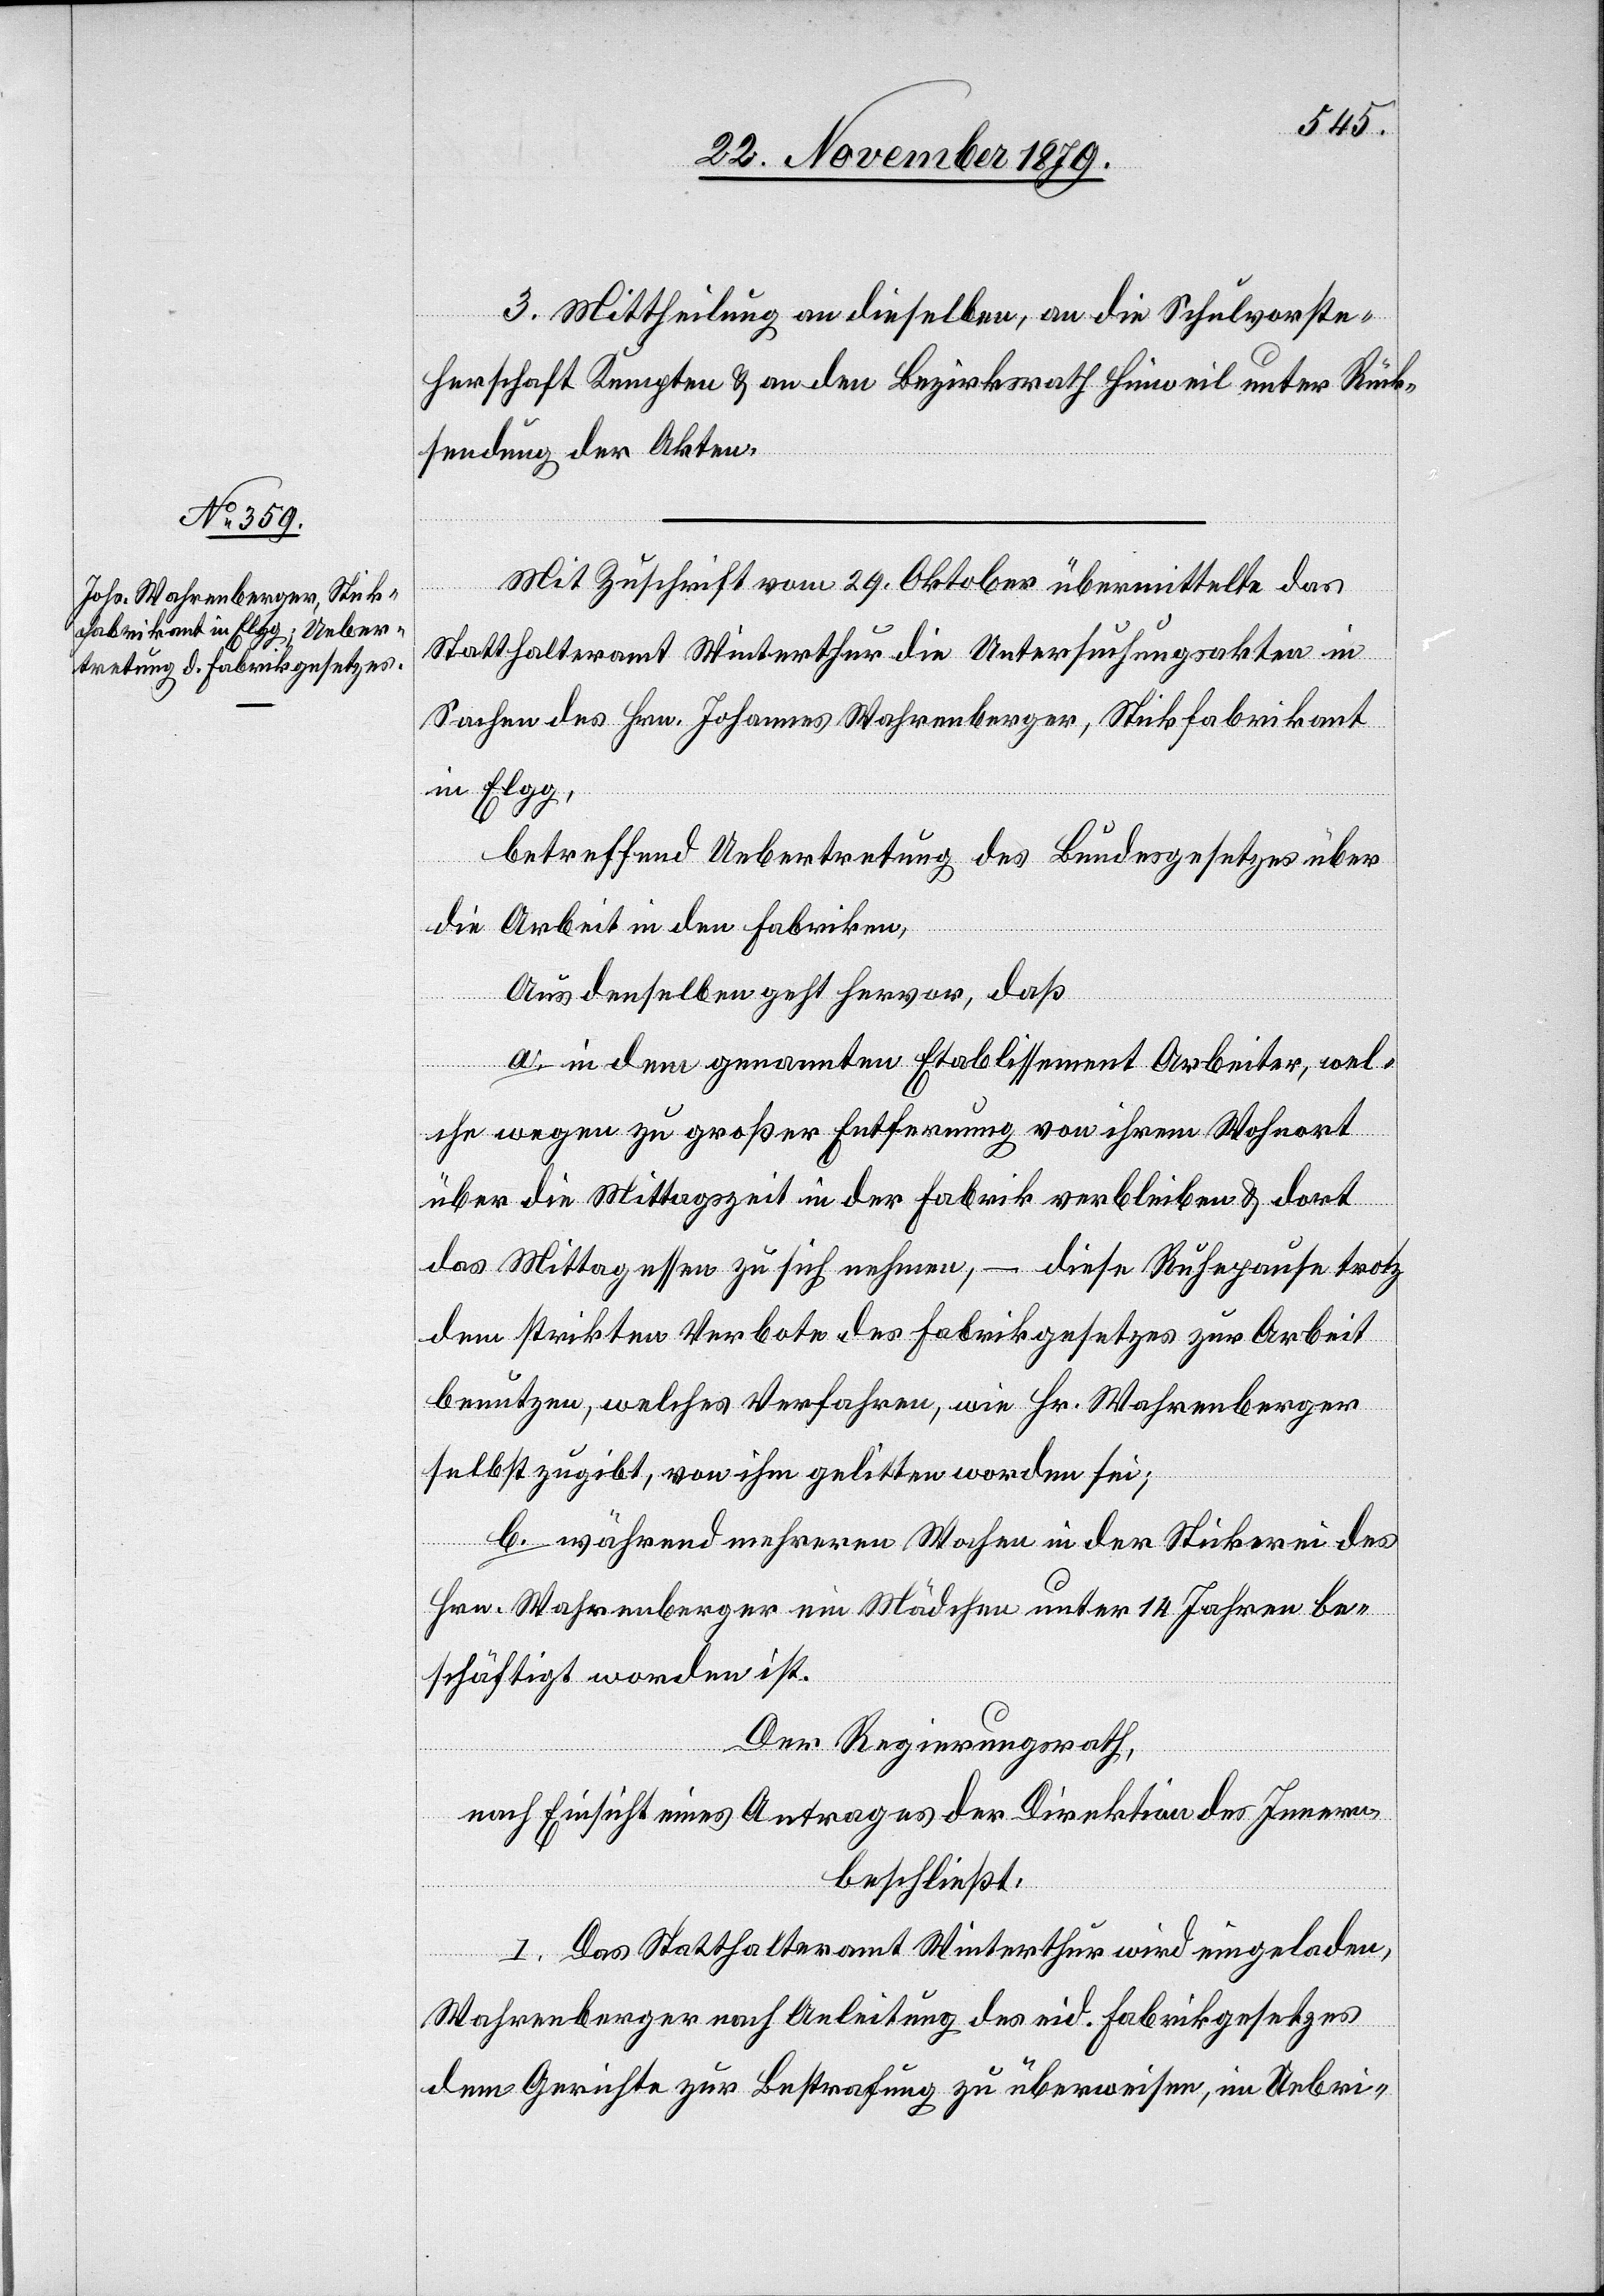
III. Mittheilung an dieselben, an die Schulvorste¬
herschaft Kempten & an den Bezirksrath Hinweil unter Rück¬
sendung der Akten.
Mit Zuschrift vom 29. Oktober übermittelte das
Statthalteramt Winterthur die Untersuchungsakten in
Sachen des Hrn. Johannes Wahrenberger, Stickfabrikant
in Elgg,
betreffend Uebertretung des Bundesgesetzes über
die Arbeit in den Fabriken,
Aus denselben geht hervor, daß
a. in dem genannten Etablissement Arbeiter, wel¬
che wegen zu großer Entfernung von ihrem Wohnort
über die Mittagszeit in der Fabrik verbleiben & dort
das Mittagessen zu sich nehmen, – diese Ruhepause trotz
dem strikten Verbote des Fabrikgesetzes zur Arbeit
benutzen, welches Verfahren, wie Hr. Wahrenberger
selbst zugibt, von ihm gelitten worden sei;
b. während mehrerer Wochen in der Stickerei des
Hrn. Wahrenberger ein Mädchen unter 14 Jahren be¬
schäftigt worden ist.
Der Regierungsrath,
nach Einsicht eines Antrages der Direktion des Innern,
beschließt:
I. Das Statthalteramt Winterthur wird eingeladen,
Wahrenberger nach Anleitung des eid. Fabrikgesetzes
dem Gerichte zur Bestrafung zu überweisen, im Uebri-